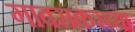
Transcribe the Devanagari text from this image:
गावसकरच्या